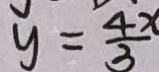
y = \frac { 4 x } { 3 }